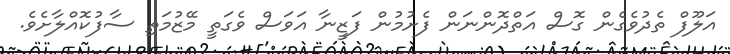
އަލޫފް ތެދުވެގެން ގޮސް އަތްދޮންނަން ފެށުމުން ފަޒީނާ އަވަސް ވެގަތީ މޭޒުމަތި ސާފުކޮއްލާށެވެ.